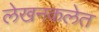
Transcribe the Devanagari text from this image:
लेखनकलेत